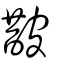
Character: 皵